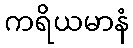
ကရိယမာနံ